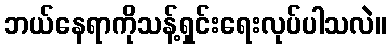
ဘယ်နေရာကိုသန့်ရှင်းရေးလုပ်ပါသလဲ။